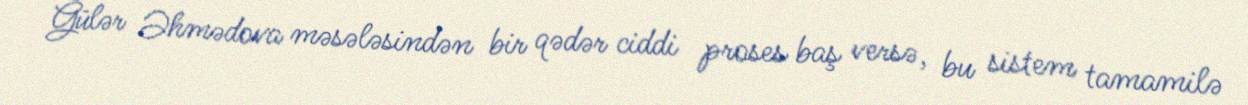
Gülər Əhmədova məsələsindən bir qədər ciddi proses baş versə, bu sistem tamamilə